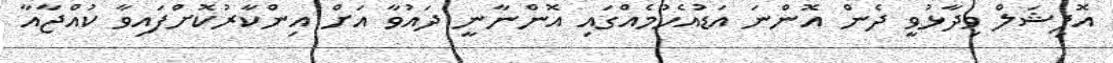
އޮފިޝަލް ވިދާޅުވީ ދެން އޮންނަ އަޑުއެހުމެއްގައި އޮންނާނީ ދައުވާ އަށް އިންކާރުކޮށްފައިވާ ކުއްޖާއާ